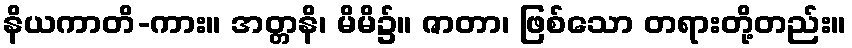
နိယကာတိ-ကား။ အတ္တနိ၊ မိမိ၌။ ဇာတာ၊ ဖြစ်သော တရားတို့တည်း။